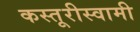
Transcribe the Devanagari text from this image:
कस्तूरीस्वामी